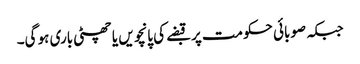
جبکہ صوبائی حکومت پر قبضے کی پانچویں یا چھٹی باری ہو گی۔